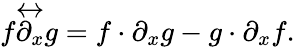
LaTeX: f{\overleftrightarrow{\partial_{x}}}g=f\cdot\partial_{x}g-g\cdot\partial_{x}f.